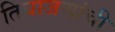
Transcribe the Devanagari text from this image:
तिघाजणांची